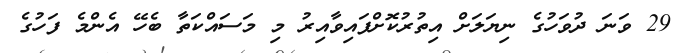
29 ވަނަ ދުވަހުގެ ނިޔަލަށް އިތުރުކޮށްފައިވާއިރު މި މަސައްކަތާ ބެހޭ އެންމެ ފަހުގެ